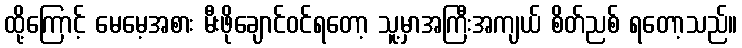
ထို့ကြောင့် မေမေ့အစား မီးဖိုချောင်ဝင်ရတော့ သူ့မှာအကြီးအကျယ် စိတ်ညစ် ရတော့သည်။